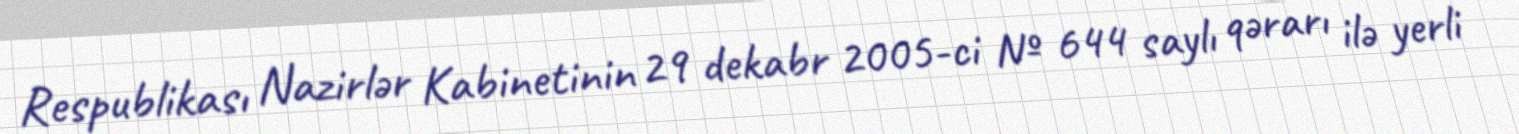
Respublikası Nazirlər Kabinetinin 29 dekabr 2005-ci № 644 saylı qərarı ilə yerli